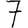
Digit: 7